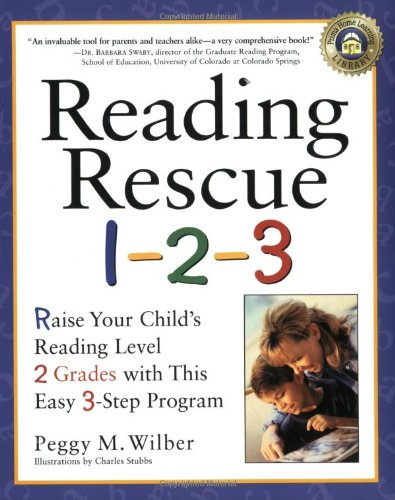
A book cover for Reading Rescue 1-2-3: Raise Your Child's Reading Level 2 Grades with This Easy 3-Step Program; Peggy M. Wilber; Parenting & Relationships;